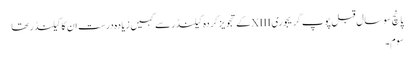
پانچ سو سال قبل پوپ گریجوری XIIIکے تجویز کردہ کیلنڈر سے کہیں زیادہ درست ان کا کیلنڈر تھا
سوم۔